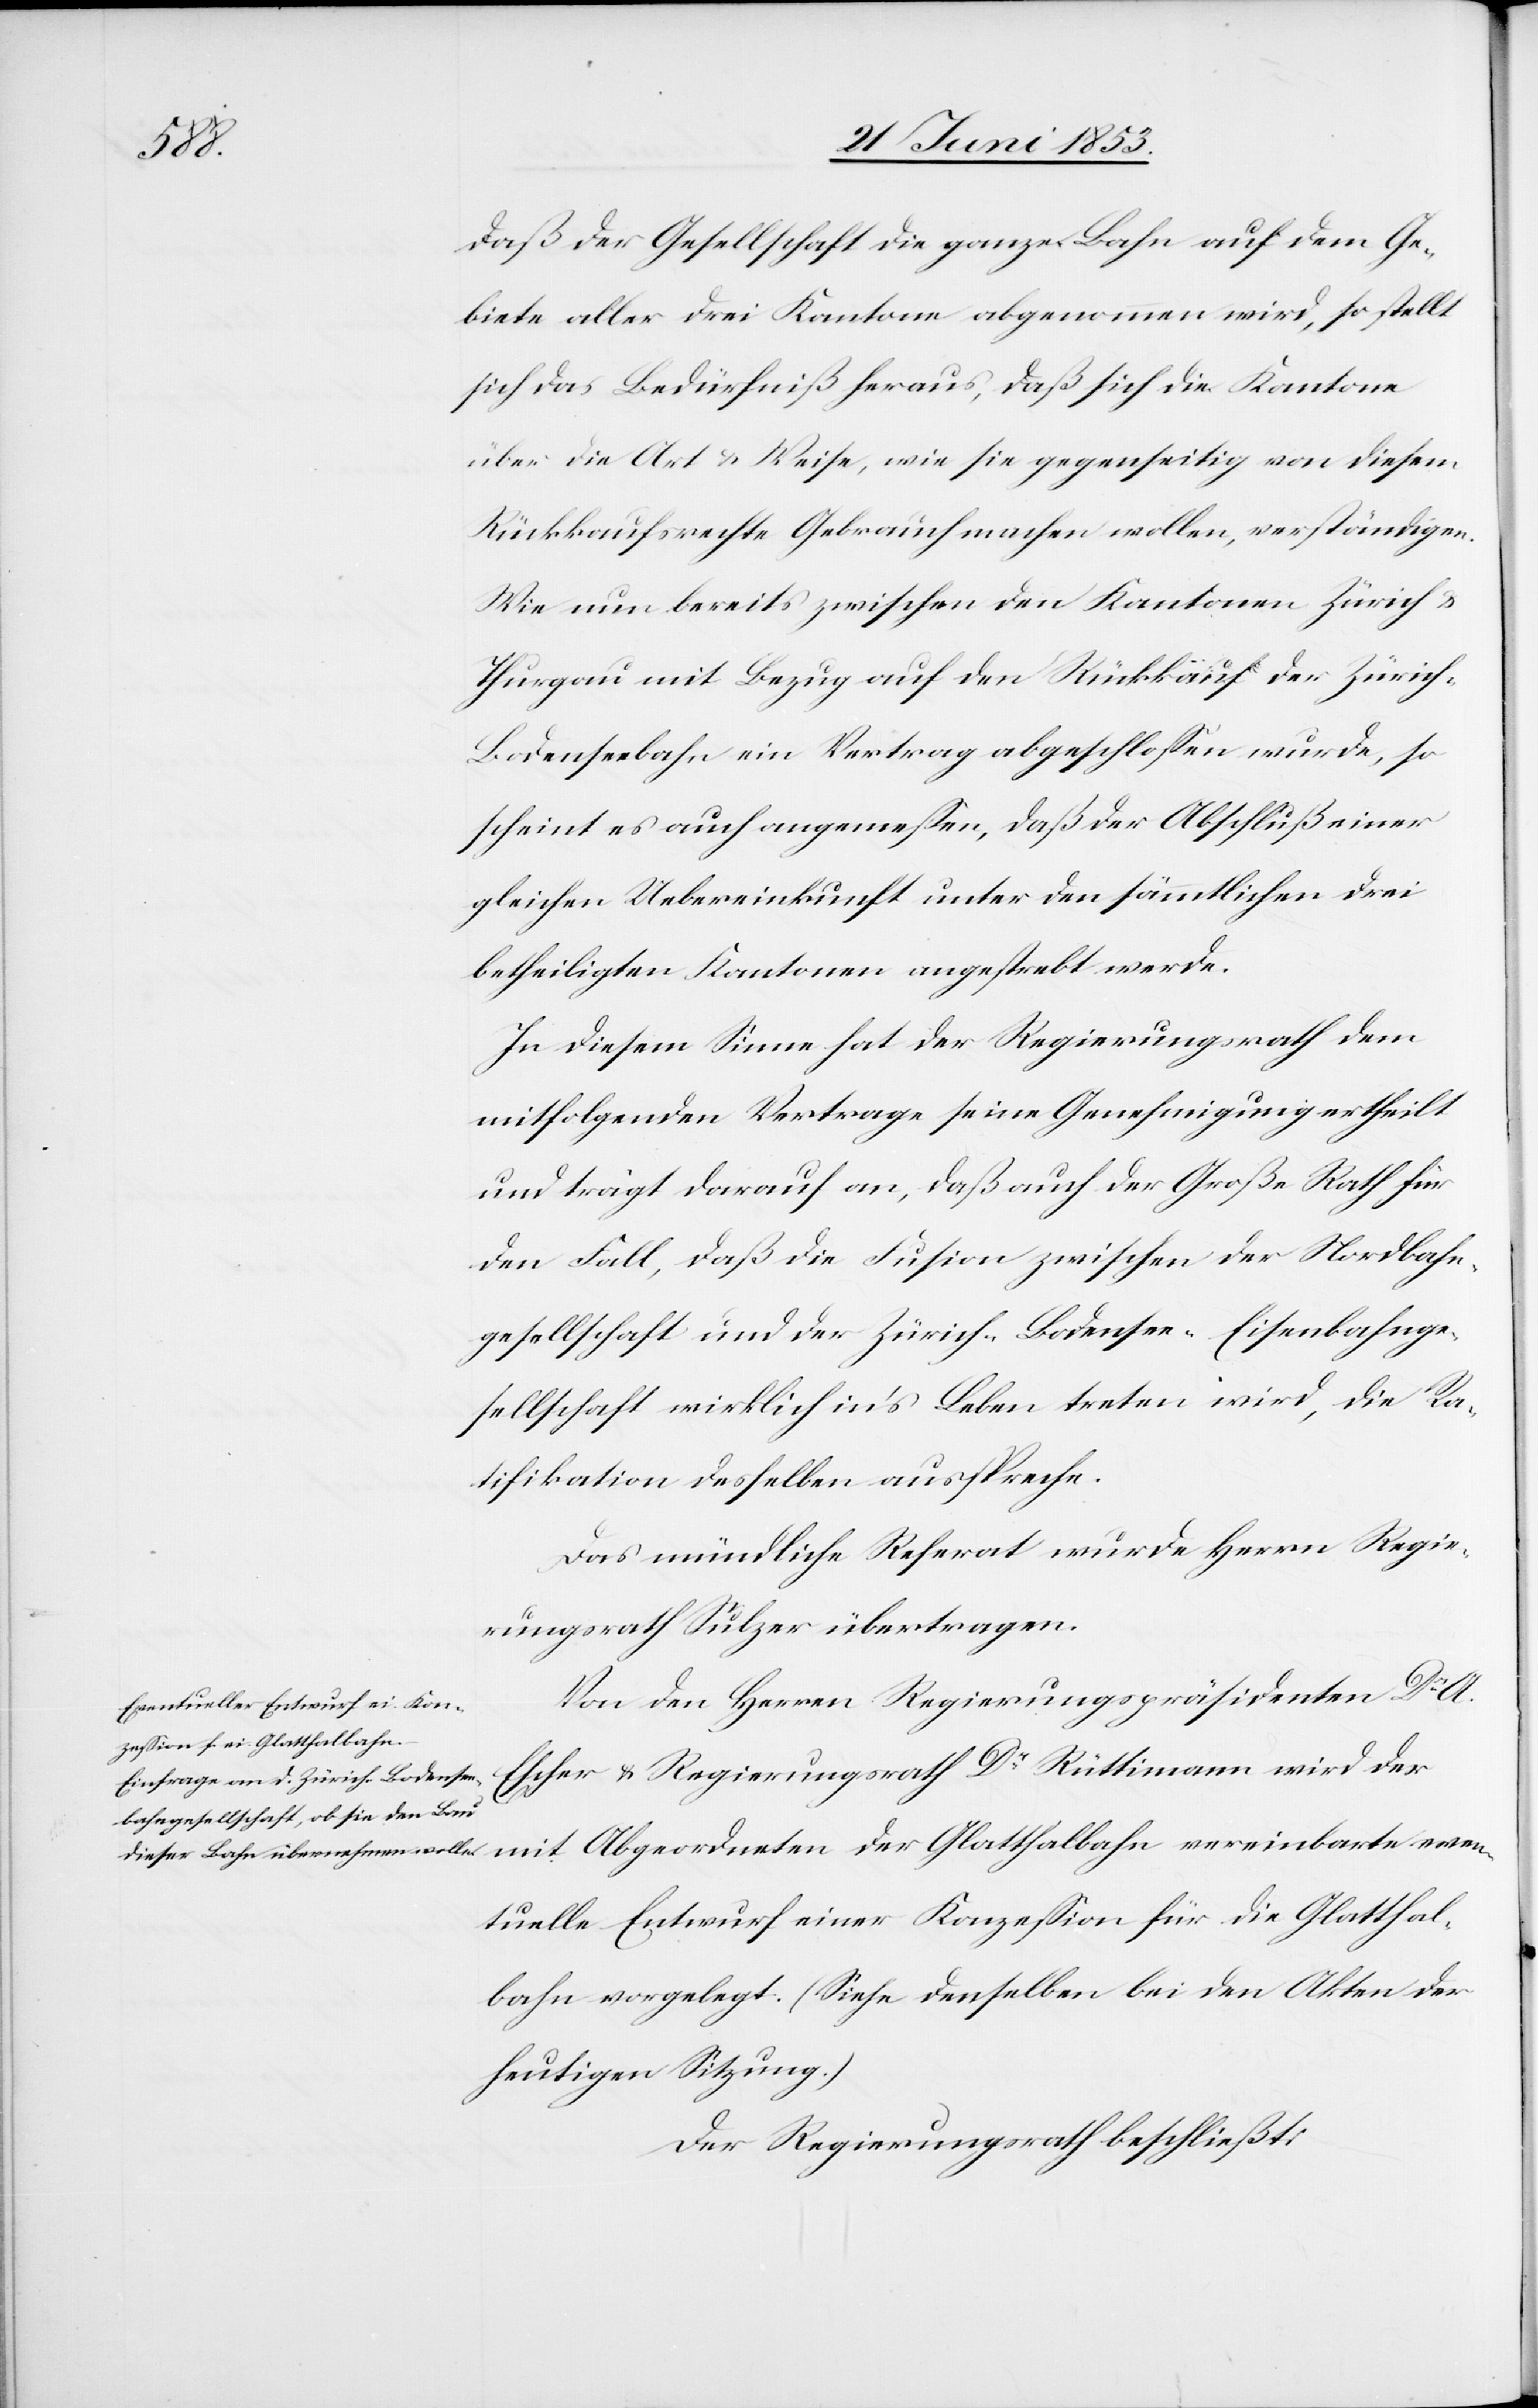
even¬

daß der Gesellschaft die ganze Bahn auf dem Ge¬
biete aller drei Kantone abgenommen wird, so stellt
sich das Bedürfniß heraus, daß sich die Kantone
über die Art u. Weise, wie sie gegenseitig von diesem
Rückkaufsrechte Gebrauch machen wollen, verständigen.
Wie nun bereits zwischen den Kantonen Zürich u.
Thurgau mit Bezug auf den Rückkauf der Zürich-B¬
odenseebahn ein Vertrag abgeschloßen wurde, so
scheint es auch angemeßen, daß der Abschluß einer
gleichen Uebereinkunft unter den sämmtlichen drei
betheiligten Kantonen angestrebt werde.
In diesem Sinne hat der Regierungsrath dem
mitfolgenden Vertrage seine Genehmigung ertheilt
und trägt darauf an daß auch der Große Rath für
den Fall, daß die Fusion zwischen der Nordbahn¬
gesellschaft und der Zürich-Bodensee-Eisenbahnge¬
sellschaft wirklich in’s Leben treten wird, die Ra¬
tifikation desselben ausspreche.
Das mündliche Referat wurde Herrn Regie¬
rungsrath Sulzer übertragen.
Von den Herrn Regierungspräsidenten Dr. A.
Escher u. Regierungsrath Dr. Rüttimann wird der
tuelle Entwurf einer Konzeßion für die Glatthal¬
bahn vorgelegt. (Siehe denselben bei den Akten der
heutigen Sitzung.)
Der Regierungsrath beschließt: